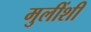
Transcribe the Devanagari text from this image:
मुलींशी